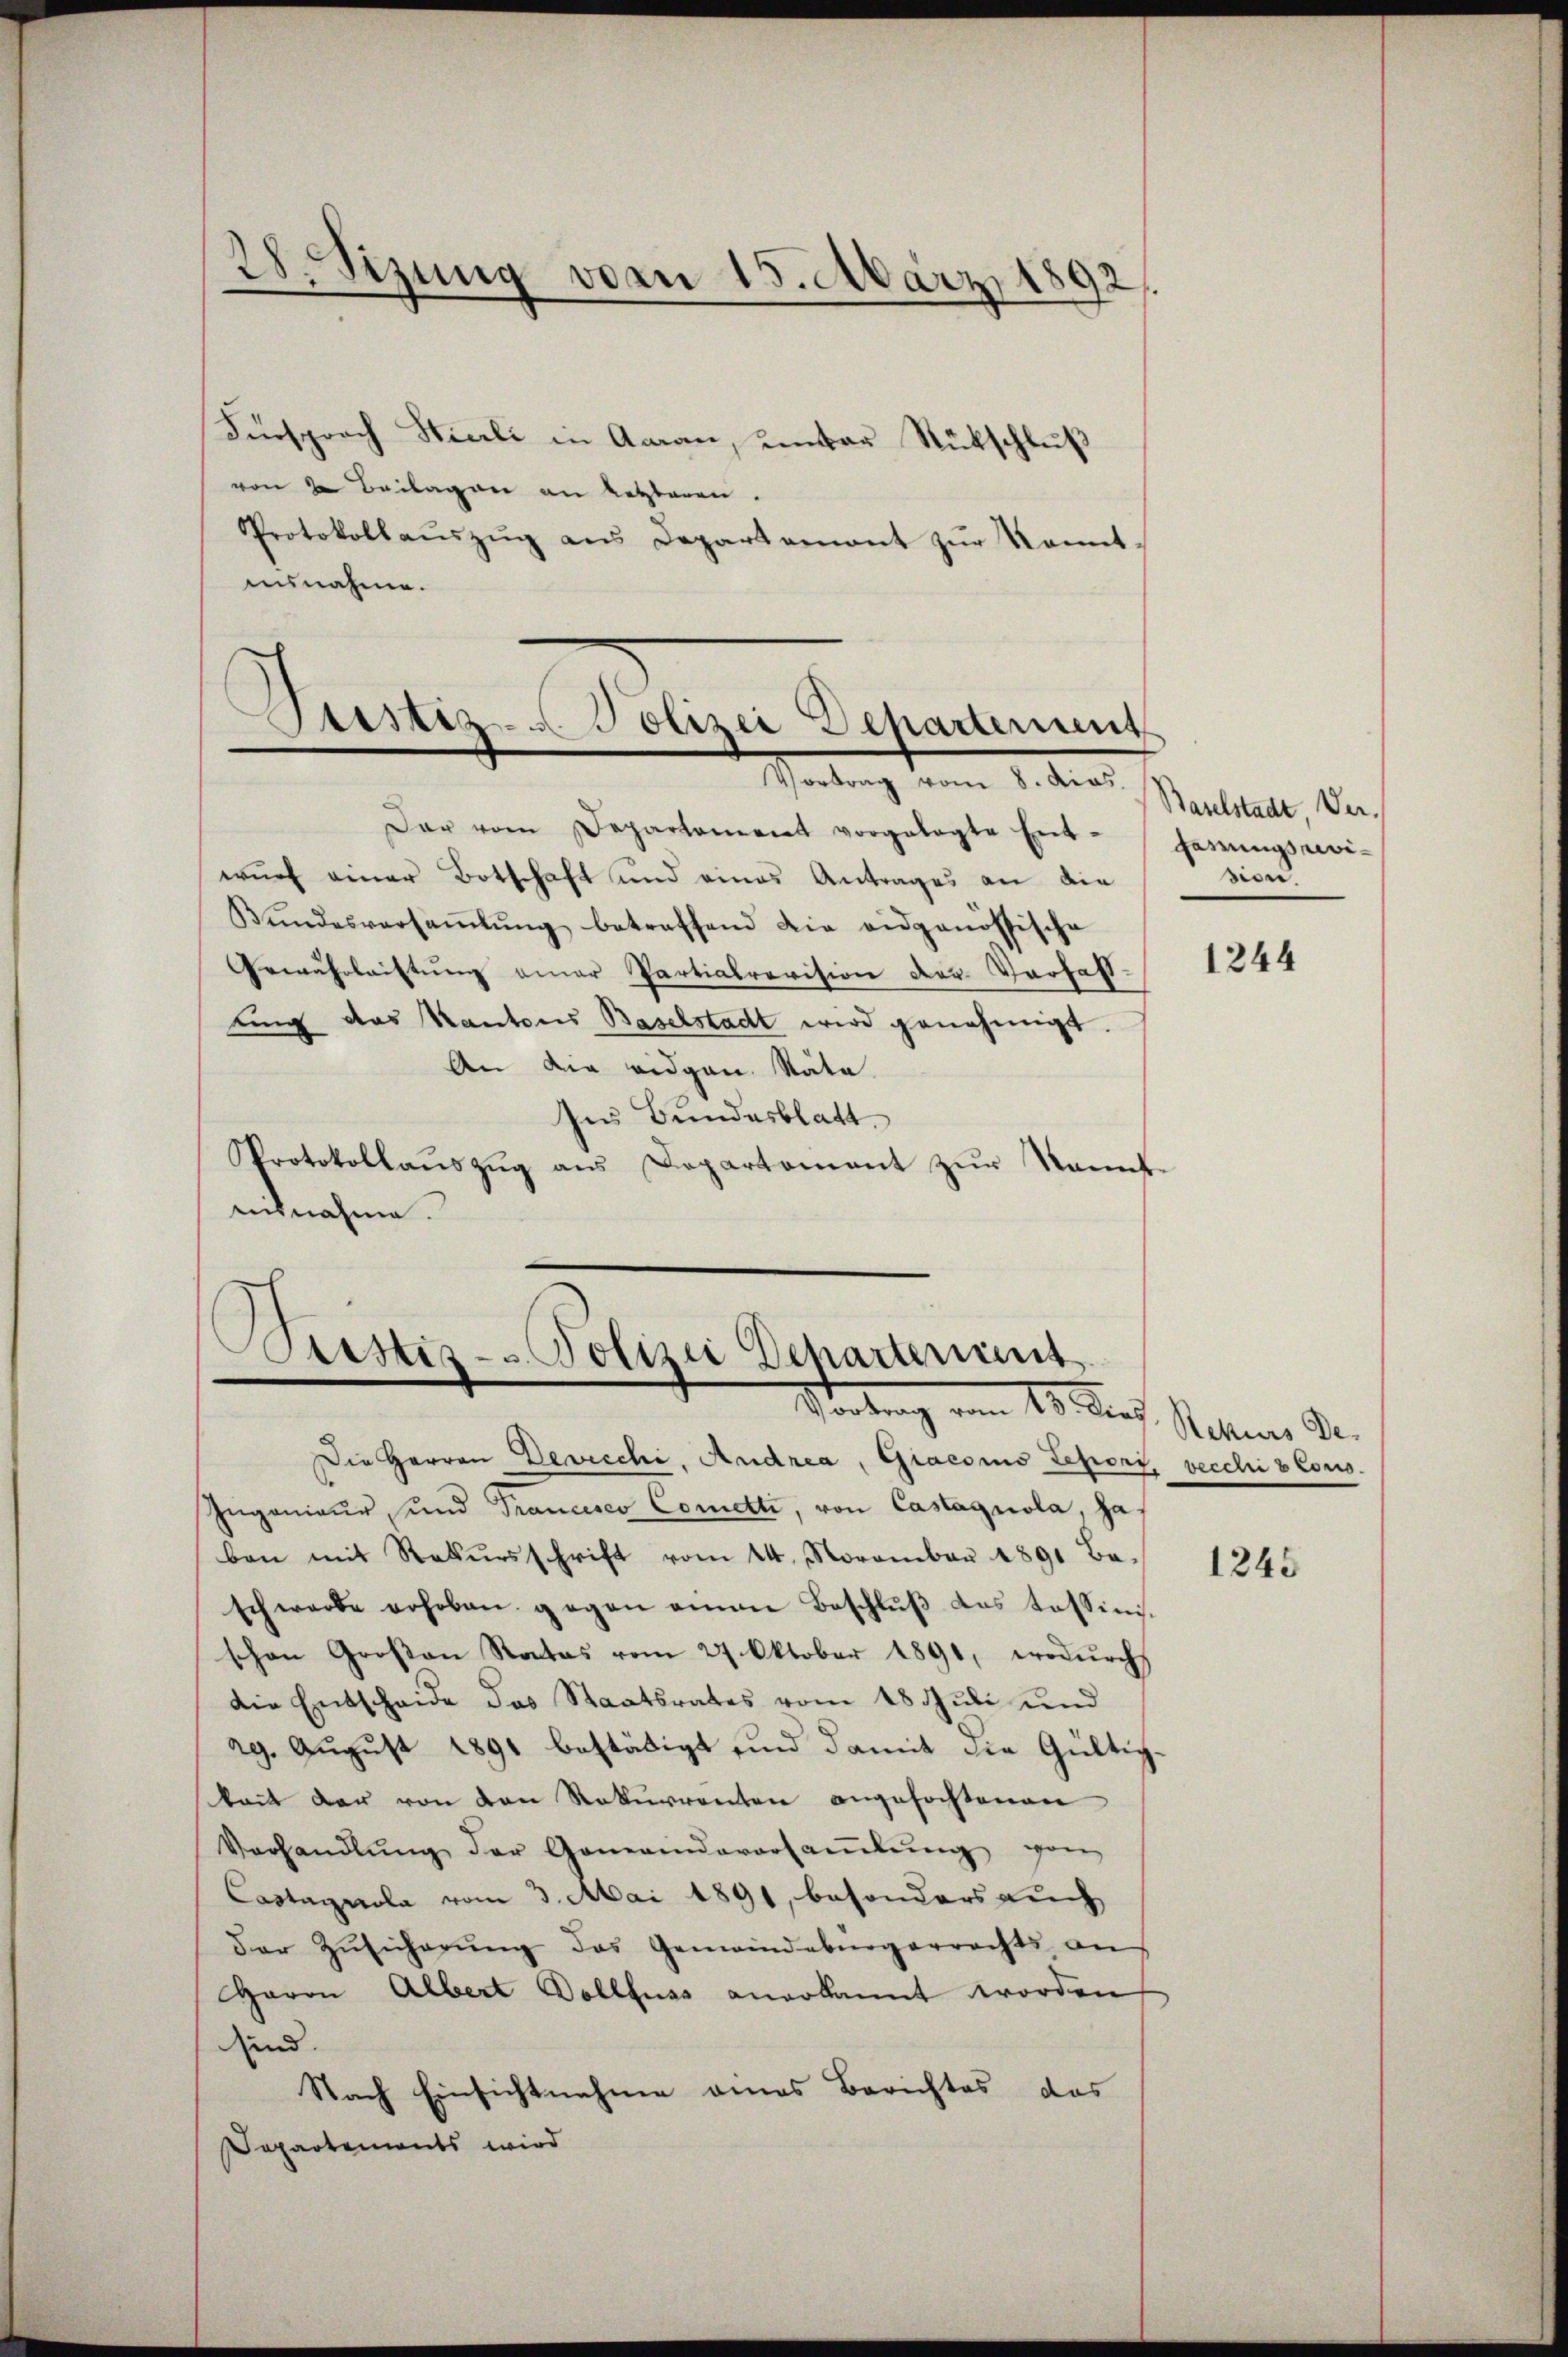
28. Sezung von 15. März 1892.

Fürsprach Hierli in Aaran, unter Rückschluß
“
von 2 Beilagen an letzteren.
Protokollauszug aus Departement zur konntunsnahme.

Astiz- & Polizei Departement
e
Vortrag vom 8. dies

Der vom Departement vorgelegte Ent-Garrungsrevi-
wurf einer Botschaft und eines Antrages an die
Bŭndesversaṁlŭng betreffend die eidgenössische
Gewährleistŭng einer Partialrevision der Verhaft-
ung das Kantons Baselstadt wird genehmigt.
An die eidgen. Räte.
Ins Bundesblatt
Protokollaŭszŭg ans Departement zŭr Namet-
ausnahme.

.
Puistis- u. Polizei Scharterient
Mortung vom 18. Dez.

Die Herren Devecchi, Andrea, Giacomo Leport, vecchi 8 Cous
Ingenieur und Trancisco Cometti, von Castagnola, haben mit Rekursschrift vom 14. November 1891 Ba-
schwerde erhoben gegen aman Beschlŭβ das tessinis-
schon Großen Roctas vom 27. Oktober 1891, wodŭrch
die Entscheide das Staatsrates vom 18 Juli und
29. August 1891 bestätigt und damit die Gültigkait der von den Rekurrenten angefochtenen
Verhandlŭng der Gemeindeversaṁlŭng von
Castagerola vom 3. Mai 1891, besonders auch
der Zŭsicherŭng des Gemeindebürgerrechts an
Garon Albert Dollfuss anerkannt worden
ind.
Nach Einsichtnahme eines Berichtes das
Separtements wird

Baselstadt Version.

1244

Rekurs De-

1245